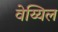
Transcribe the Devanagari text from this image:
वेय्यिल